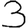
Digit: 3